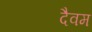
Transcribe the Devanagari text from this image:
दैवम